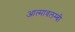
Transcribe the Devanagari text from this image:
आत्मावलम्बी